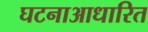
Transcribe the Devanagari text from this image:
घटनाआधारित